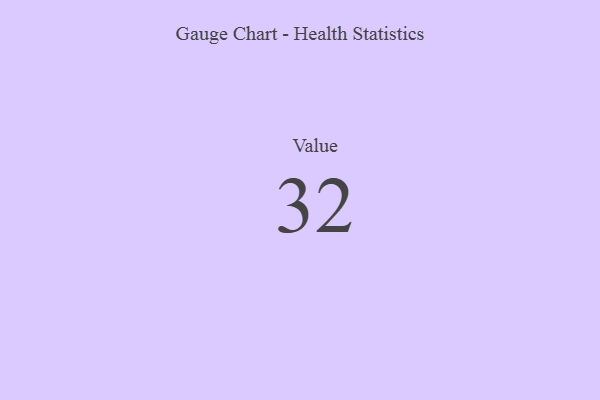
{"axis": {"x": "Metric", "y": "Value"}, "legend": [""], "data": [{"x": "Value", "y": 32, "type": ""}]}